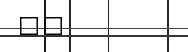
٦٤